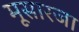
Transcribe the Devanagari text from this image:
मूसारजा